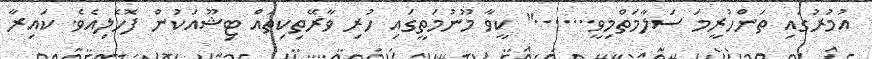
އުމުރުގައި ތަންހުރީމަ ސަލާމަތްމިވީ......." ކީވާ މޫނުމަތީގައި ހުރި ވާރޭތިކިތައް ޓިޝޫއަކުން ފޮހެލިއެވެ. ކައިރާ